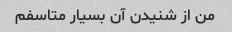
من از شنیدن آن بسیار متاسفم